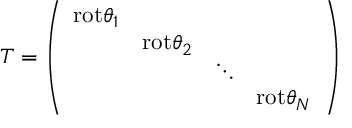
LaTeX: T = \left( \begin{array} { c c c c } { { \mathrm { r o t } \theta _ { 1 } } } & { { } } & { { } } & { { } } \\ { { } } & { { \mathrm { r o t } \theta _ { 2 } } } & { { } } & { { } } \\ { { } } & { { } } & { { \ddots } } & { { } } \\ { { } } & { { } } & { { } } & { { \mathrm { r o t } \theta _ { N } } } \end{array} \right)